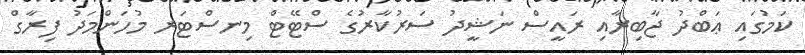
ކަމުގައި ޢަބްދު ޖާބިރާއި ރައީސް ނަޝީދު ސަރުކާރުގެ ސްޓޭޓް މިނސްޓަރ މުހަންމަދު ފިރާގް